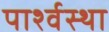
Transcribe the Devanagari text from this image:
पार्श्वस्था